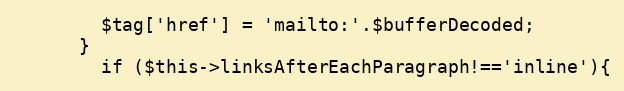
Language: PHP
        $tag['href'] = 'mailto:'.$bufferDecoded;
      }
	    if ($this->linksAfterEachParagraph!=='inline'){